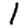
Digit: 1